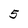
Character: 5